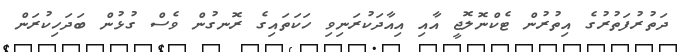
ދަތުރުފަތުރުގެ އިތުރުން ޓެކްނޮލޮޖީ އާއި އިއާދަކުރަނިވި ހަކަތައިގެ ރޮނގުން ވެސް ގުޅުން ބަދަހިކުރަން